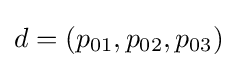
d=\left(p_{01},p_{02},p_{03}\right)